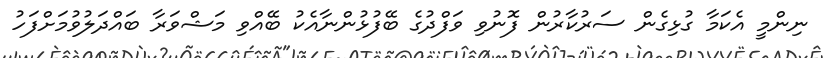
ނިންމީ އެކަމާ ގުޅިގެން ސަރުކާރުން ފޮނުވި ވަފްދުގެ ބޭފުޅުންނާއެކު ބޭއްވި މަޝްވަރާ ބައްދަލުވުމަށްފަހު